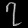
Digit: ၇